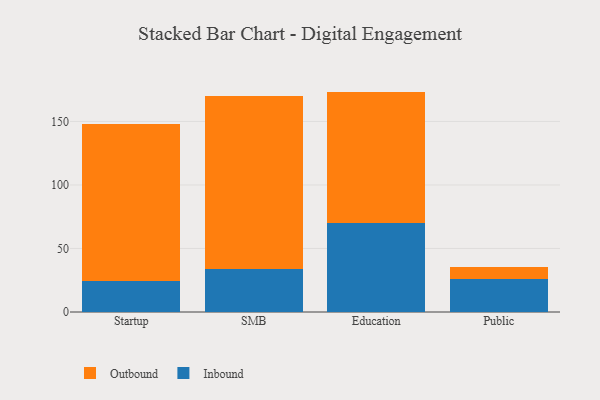
{"axis": {"x": "Segment", "y": "Humidity (%)"}, "legend": ["Inbound", "Outbound"], "data": [{"x": "Startup", "y": 24.8, "type": "Inbound"}, {"x": "Startup", "y": 123.1, "type": "Outbound"}, {"x": "SMB", "y": 34.1, "type": "Inbound"}, {"x": "SMB", "y": 136.2, "type": "Outbound"}, {"x": "Education", "y": 69.9, "type": "Inbound"}, {"x": "Education", "y": 103.6, "type": "Outbound"}, {"x": "Public", "y": 26.0, "type": "Inbound"}, {"x": "Public", "y": 9.8, "type": "Outbound"}]}